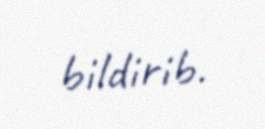
bildirib.